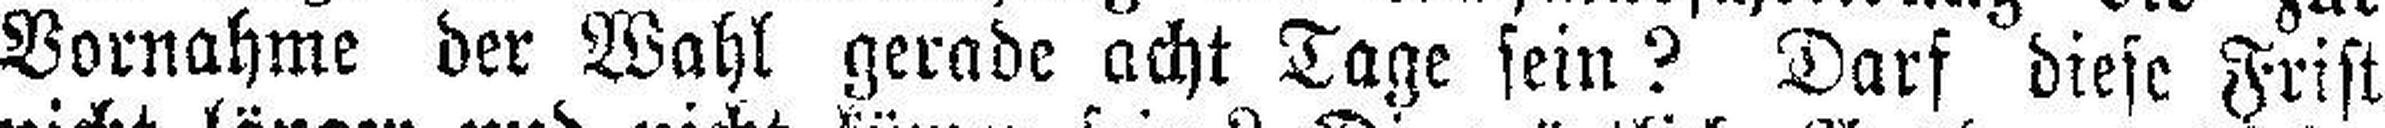
Vornahme der Wahl gerade acht Tage sein? Darf diese Frist